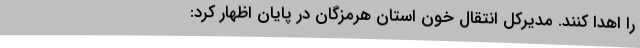
را اهدا کنند. مدیرکل انتقال خون استان هرمزگان در پایان اظهار کرد: